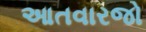
આતવારજો